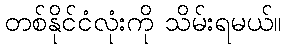
တစ်နိုင်ငံလုံးကို သိမ်းရမယ်။